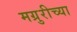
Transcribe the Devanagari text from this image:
मग्रुरीच्या